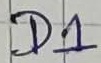
Text: D1